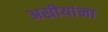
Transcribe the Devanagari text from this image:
असीयांना